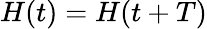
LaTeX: H(t)=H(t+T)